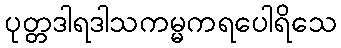
ပုတ္တဒါရဒါသကမ္မကရပေါရိသေ